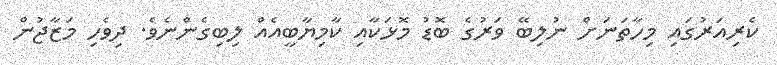
ކެރިއަރުގައި މިހާތަނަށް ނުލިބޭ ވަރުގެ ބޮޑު މޮޅަކާއި ކާމިޔާބީއެއް ލިބިގެންނެވެ. ދިވެހި މަޒާޖުން